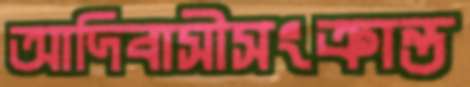
আদিবাসীসংক্রান্ত